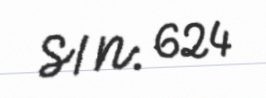
S/N: 624